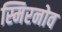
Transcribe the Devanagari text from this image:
स्मिरनोव